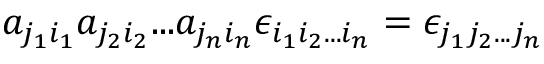
a _ { j _ { 1 } i _ { 1 } } a _ { j _ { 2 } i _ { 2 } } . . . a _ { j _ { n } i _ { n } } \epsilon _ { i _ { 1 } i _ { 2 } . . . i _ { n } } = \epsilon _ { j _ { 1 } j _ { 2 } . . . j _ { n } }